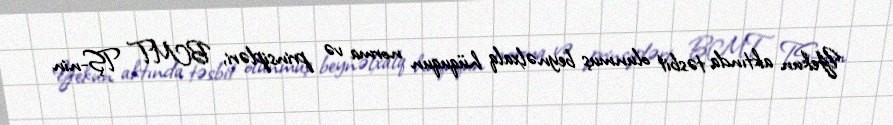
Yekun aktında təsbit olunmuş beynəlxalq hüququn norma və prinsipləri, BMT TŞ-nin